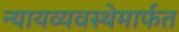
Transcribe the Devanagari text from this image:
न्यायव्यवस्थेमार्फत